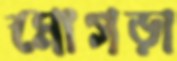
মোগড়া